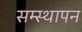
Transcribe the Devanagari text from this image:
सम्स्थापन